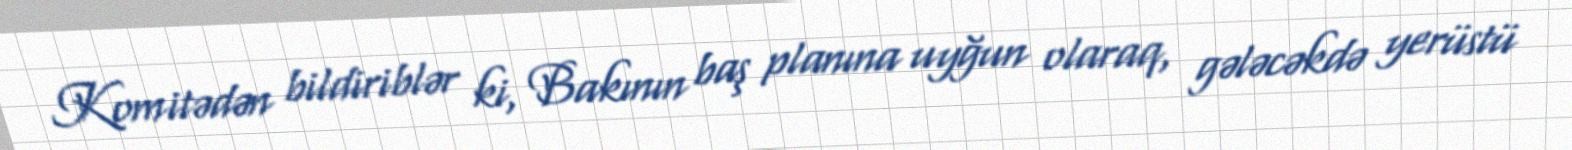
Komitədən bildiriblər ki, Bakının baş planına uyğun olaraq, gələcəkdə yerüstü